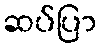
ဆပ်ပြာ